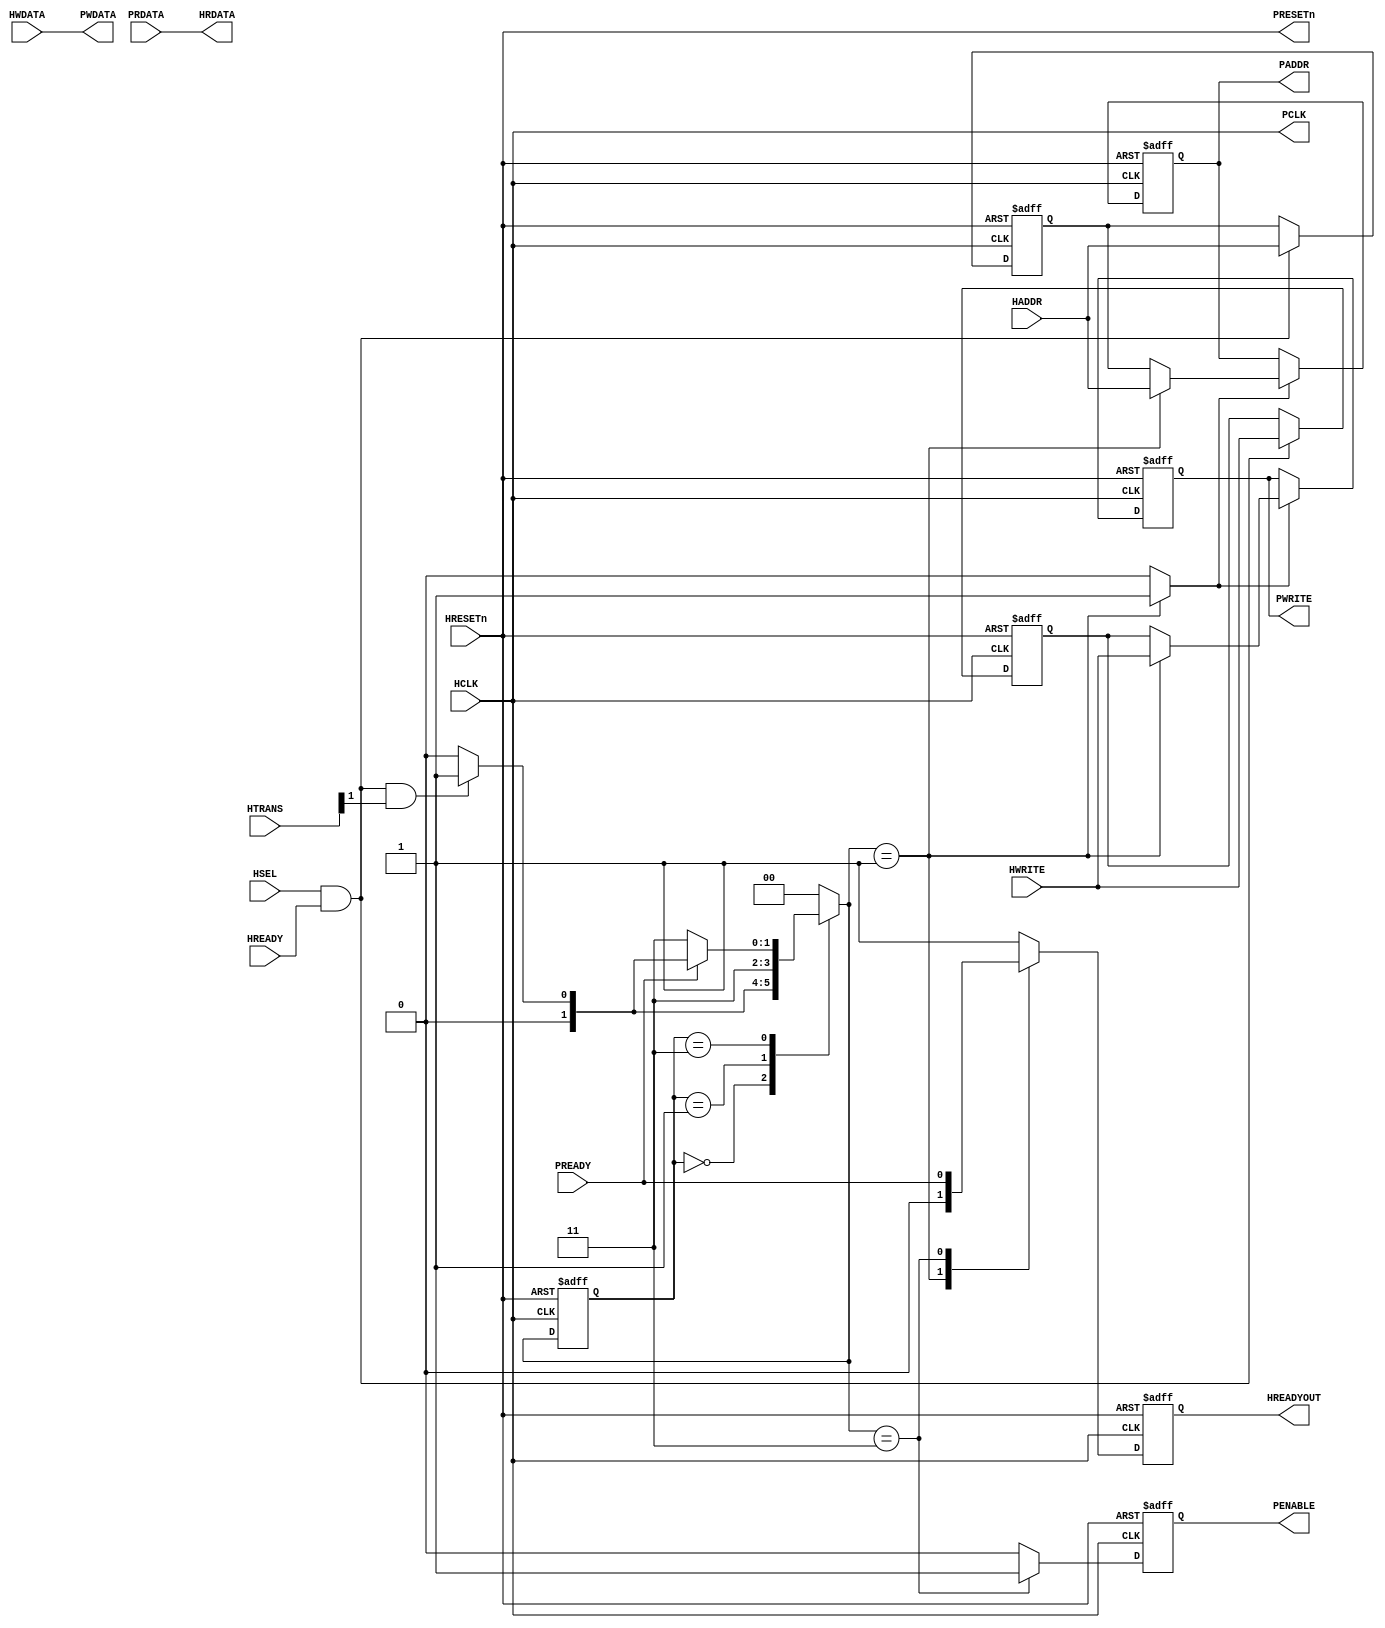

`timescale 1ns/1ns
module ahb_2_apb(
// Global signals --------------------------------------------------------------
  input wire          HCLK,
  input wire          HRESETn,
  
// AHB Slave inputs ------------------------------------------------------------  
  input wire  [31:0]  HADDR,
  input wire  [1:0]   HTRANS,
  input wire          HWRITE,
  input wire  [31:0]  HWDATA,
  input wire          HSEL,
  input wire          HREADY,
  
// APB Master inputs -----------------------------------------------------------
  input wire  [31:0]  PRDATA,
  input wire          PREADY,
  
// AHB Slave outputs -----------------------------------------------------------
  output wire [31:0]  HRDATA,
  output reg          HREADYOUT,
  
// APB Master outputs ----------------------------------------------------------
  output wire [31:0]  PWDATA,
  output reg          PENABLE,
  output reg  [31:0]  PADDR,
  output reg          PWRITE,
  
  output wire         PCLK,
  output wire         PRESETn
);
  
//Constants

  `define ST_IDLE 2'b00
  `define ST_SETUP 2'b01
  `define ST_ACCESS 2'b11


  wire          Transfer;
  wire          ACRegEn;
  reg   [31:0]  last_HADDR;
  reg           last_HWRITE;
  
  wire  [31:0]  HADDR_Mux;
  
  reg   [1:0]   CurrentState;
  reg   [1:0]   NextState;
  
  reg           HREADY_next;  
  wire          PWRITE_next;
  wire          PENABLE_next;
  wire          APBEn;
  
  
  assign PCLK = HCLK;
  assign PRESETn = HRESETn;
  
  assign Transfer = HSEL & HREADY & HTRANS[1];
  
  assign ACRegEn = HSEL & HREADY;
  
  //Set register values of AHB signals
  
  always @ (posedge HCLK, negedge HRESETn)
  begin
    if(!HRESETn)
      begin
        last_HADDR <= {32{1'b0}};
        last_HWRITE <= 1'b0;
      end
    
    else
      begin
        if(ACRegEn)
          begin
            last_HADDR <= HADDR;
            last_HWRITE <= HWRITE;
          end
      end
  end
  
  
// Next State Logic

  always @ (CurrentState,PREADY, Transfer)
  begin
    case (CurrentState)
      `ST_IDLE: 
        begin
          if(Transfer)
            NextState = `ST_SETUP;
          else
            NextState = `ST_IDLE;
        end
      
      `ST_SETUP:
        begin
          NextState = `ST_ACCESS;
        end
      
      `ST_ACCESS:
        begin
          if(!PREADY)
            NextState = `ST_ACCESS;
          else
            begin
              if(Transfer)
                NextState = `ST_SETUP;
              else
                NextState = `ST_IDLE;
            end
        end
      default:
        NextState = `ST_IDLE;
    endcase
  end
  
// State Machine

  always @ (posedge HCLK, negedge HRESETn)
  begin
    if(!HRESETn)
      CurrentState <= `ST_IDLE;
    else
      CurrentState <= NextState;
  end
  
  
//HREADYOUT

  always @ (NextState, PREADY)
  begin
    case (NextState)
      `ST_IDLE:
        HREADY_next = 1'b1;
      `ST_SETUP:
        HREADY_next = 1'b0;
      `ST_ACCESS: 
        HREADY_next = PREADY;
      default:
        HREADY_next = 1'b1;
    endcase
  end

  always @(posedge HCLK, negedge HRESETn)
  begin
    if(!HRESETn)
      HREADYOUT <= 1'b1;
    else
      HREADYOUT <= HREADY_next;
  end

  
// HADDRMux
  assign HADDR_Mux = ((NextState == `ST_SETUP) ? HADDR :
                      last_HADDR);

//APBen
  assign APBEn = ((NextState == `ST_SETUP) ? 1'b1 : 1'b0);

//PADDR

  always @ (posedge HCLK, negedge HRESETn)
  begin
    if (!HRESETn)
      PADDR <= {31{1'b0}};
    else
      begin
        if (APBEn)
          PADDR <= HADDR_Mux;
      end
  end

//PWDATA

  assign PWDATA = HWDATA;


//PENABLE

  assign PENABLE_next = ((NextState == `ST_ACCESS) ? 1'b1 : 1'b0);
  
  always @ (posedge HCLK, negedge HRESETn)
  begin
    if(!HRESETn)
      PENABLE <= 1'b0;
    else
      PENABLE <= PENABLE_next;
  end
  
//PWRITE

  assign PWRITE_next = ((NextState == `ST_SETUP) ? HWRITE : last_HWRITE);

  always @ (posedge HCLK, negedge HRESETn)
  begin
    if(!HRESETn)
      PWRITE <= 1'b0;
    else
      begin
        if (APBEn)
          PWRITE <= PWRITE_next;
      end
  end


//HRDATA
  assign HRDATA = PRDATA;



endmodule